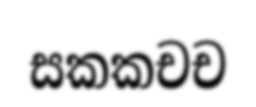
සකකචච